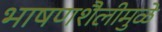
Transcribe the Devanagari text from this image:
भाषणशैलीमुळे